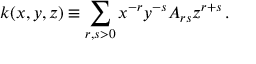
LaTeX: k ( x , y , z ) \equiv \sum _ { r , s > 0 } x ^ { - r } y ^ { - s } A _ { r s } z ^ { r + s } \, .